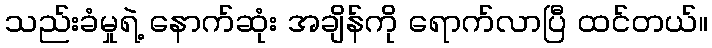
သည်းခံမှုရဲ့ နောက်ဆုံး အချိန်ကို ရောက်လာပြီ ထင်တယ်။